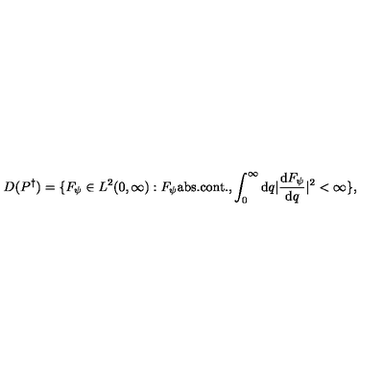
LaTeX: D ( P ^ { \dagger } ) = \{ F _ { \psi } \in L ^ { 2 } ( 0 , \infty ) : F _ { \psi } \mathrm { a b s . } \mathrm { c o n t . } , \int _ { 0 } ^ { \infty } \mathrm { d } q | { \frac { \mathrm { d } F _ { \psi } } { \mathrm { d } q } } | ^ { 2 } < \infty \} ,